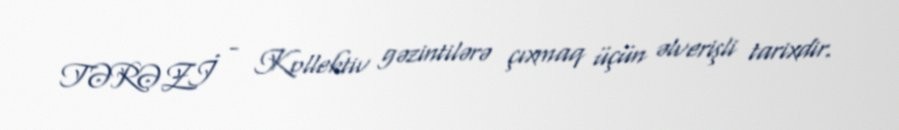
TƏRƏZİ - Kollektiv gəzintilərə çıxmaq üçün əlverişli tarixdir.